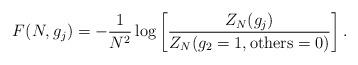
LaTeX: \begin{align*}F(N,g_j) = - \frac{1}{N^2} \log \left[\frac{Z_N(g_j)}{Z_N(g_2=1, \mbox{others}=0)}\right]. \end{align*}